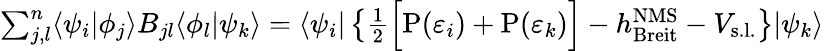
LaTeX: \begin{array}{r}{\sum_{j,l}^{n}\langle\psi_{i}|\phi_{j}\rangle B_{jl}\langle\phi_{l}|\psi_{k}\rangle=\langle\psi_{i}|\left\{ \frac{1}{2}\Big[\mathrm{P}(\varepsilon_{i})+\mathrm{P}(\varepsilon_{k})\Big]-h_{\mathrm{Breit}}^{\mathrm{NMS}}-V_{\mathrm{s.l.}}\right\} |\psi_{k}\rangle}\end{array}